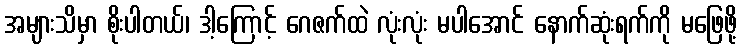
အများသိမှာ စိုးပါတယ်၊ ဒါ့ကြောင့် ဂေဇက်ထဲ လုံးလုံး မပါအောင် နောက်ဆုံးရက်ကို မဖြေဖို့